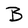
Character: B